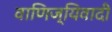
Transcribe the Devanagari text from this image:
वाणिज्यिवादी